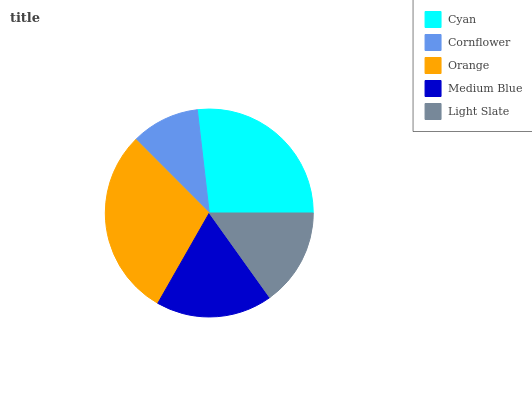
| Cyan | Cornflower | Orange | Medium Blue | Light Slate |
 | --- | --- | --- | --- | --- |
 | 26.9% | 10.7% | 29.3% | 18.1% | 15.1% |